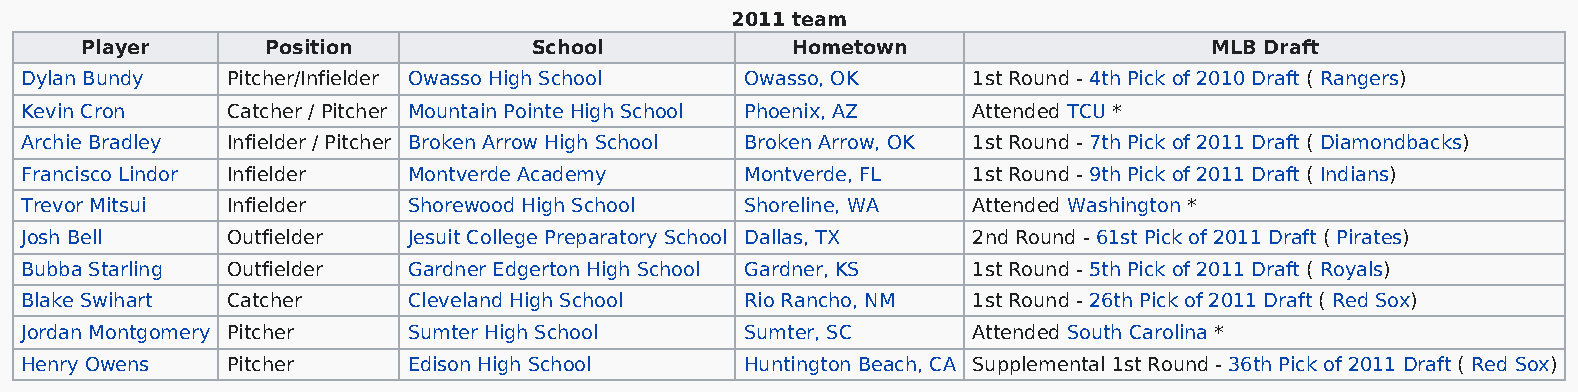
2011 team
 Player       Position         School           Hometown                    MLB Draft
 Dylan Bundy   Pitcher/Infielder Owasso High School Owasso, OK  1st Round - 4th Pick of 2010 Draft ( Rangers)
 Kevin Cron    Catcher / Pitcher Mountain Pointe High School Phoenix, AZ Attended TCU *
 Archie Bradley Infielder / Pitcher Broken Arrow High School Broken Arrow, OK 1st Round - 7th Pick of 2011 Draft ( Diamondbacks)
 Francisco Lindor Infielder Montverde Academy    Montverde, FL  1st Round - 9th Pick of 2011 Draft ( Indians)
 Trevor Mitsui Infielder   Shorewood High School Shoreline, WA  Attended Washington *
 Josh Bell     Outfielder  Jesuit College Preparatory School Dallas, TX 2nd Round - 61st Pick of 2011 Draft ( Pirates)
 Bubba Starling Outfielder Gardner Edgerton High School Gardner, KS 1st Round - 5th Pick of 2011 Draft ( Royals)
 Blake Swihart Catcher     Cleveland High School Rio Rancho, NM 1st Round - 26th Pick of 2011 Draft ( Red Sox)
 Jordan Montgomery Pitcher Sumter High School    Sumter, SC     Attended South Carolina *
 Henry Owens   Pitcher     Edison High School    Huntington Beach, CA Supplemental 1st Round - 36th Pick of 2011 Draft ( Red Sox)